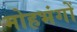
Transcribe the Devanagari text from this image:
मोहभंगों